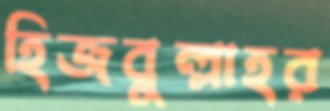
হিজবুল্লাহর